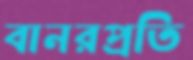
বানরপ্রতি